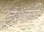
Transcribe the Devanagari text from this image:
इश्की